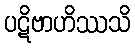
ပဋိဗာဟိဿသိ